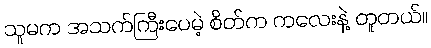
သူမက အသက်ကြီးပေမဲ့ စိတ်က ကလေးနဲ့ တူတယ်။